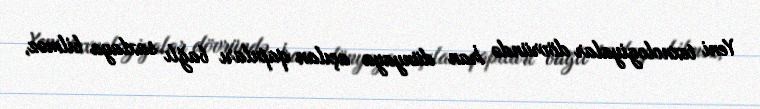
Yeni texnologiyalar dövründə İran dünyaya açılan qapıları bağlı saxlaya bilməz,